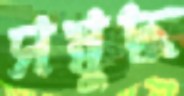
সম্বুদ্ধ